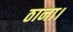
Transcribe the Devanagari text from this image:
ठाना।